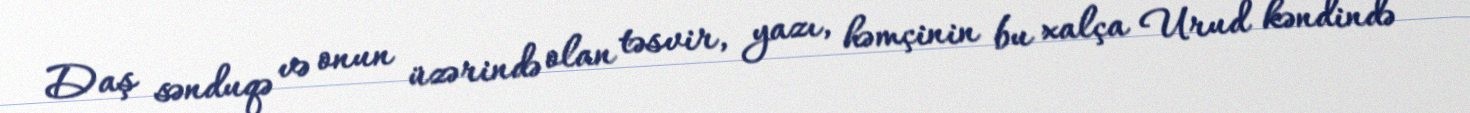
Daş sənduqə və onun üzərində olan təsvir, yazı, həmçinin bu xalça Urud kəndində